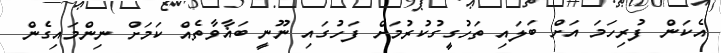
އެކަން ފުރިހަމަ އަށް ބަލައި ތަހުގީގުކުރުމަށް ފަހުގައި ނޫނީ ބަޣާވާތެއް ކަމަށް ނިންމައިގެން